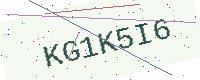
Text: KG1K5I6